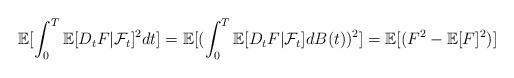
LaTeX: \begin{align*} \mathbb{E}[\int_0^T \mathbb{E}[D_tF|\mathcal{F}_t]^2 dt ] = \mathbb{E}[(\int_0^T\mathbb{E}[D_tF|\mathcal{F}_t] dB(t))^2] = \mathbb{E}[(F^2-\mathbb{E}[F]^2)]\end{align*}